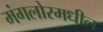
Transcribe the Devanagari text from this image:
मंगलोरमधील